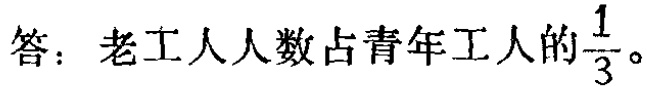
答：老工人人数占青年工人的$\frac{1}{3}$。